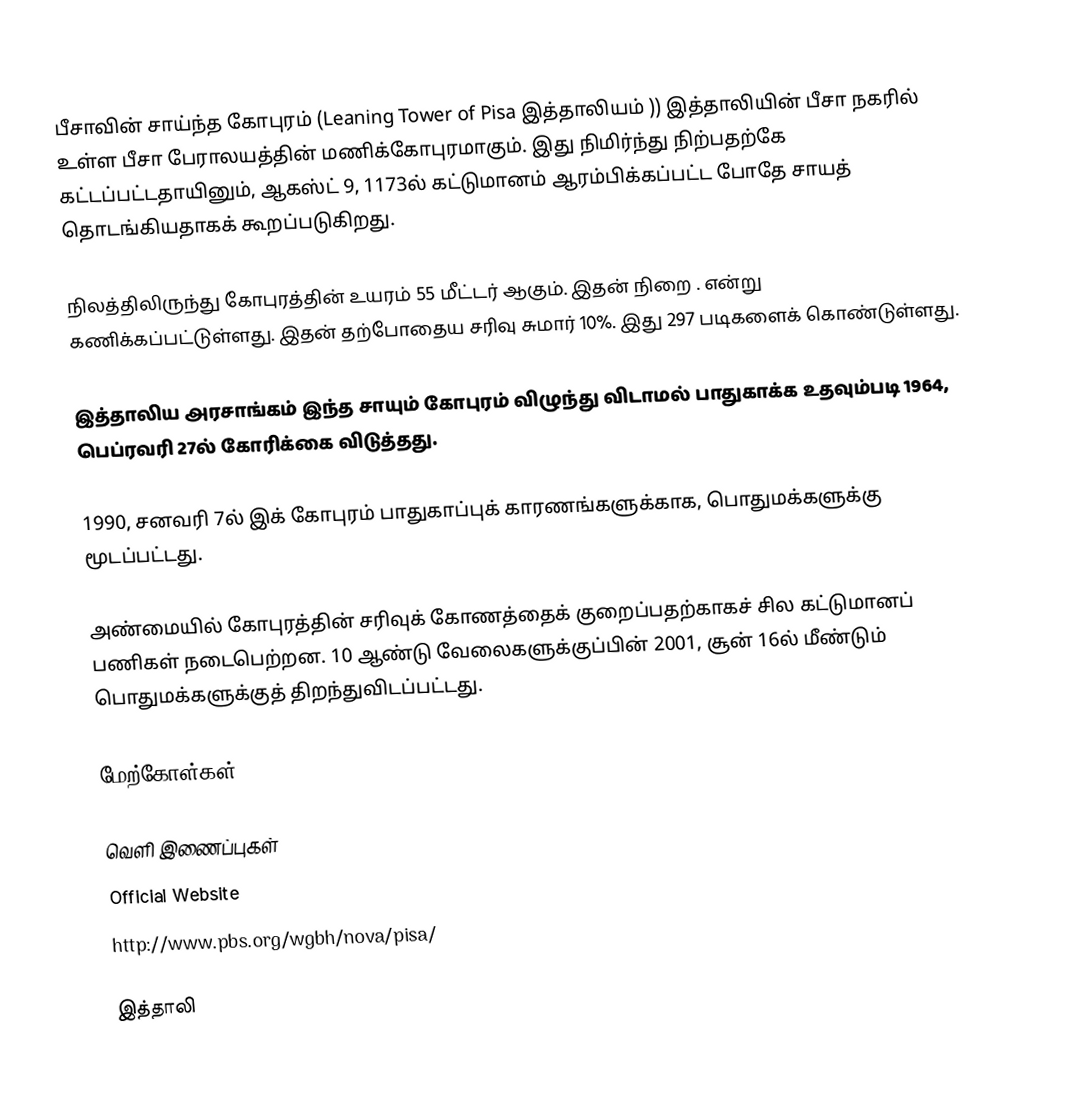
பீசாவின் சாய்ந்த கோபுரம் (Leaning Tower of Pisa இத்தாலியம்  )) இத்தாலியின் பீசா நகரில் உள்ள பீசா பேராலயத்தின் மணிக்கோபுரமாகும். இது நிமிர்ந்து நிற்பதற்கே கட்டப்பட்டதாயினும், ஆகஸ்ட் 9, 1173ல் கட்டுமானம் ஆரம்பிக்கப்பட்ட போதே சாயத் தொடங்கியதாகக் கூறப்படுகிறது.

நிலத்திலிருந்து கோபுரத்தின் உயரம் 55 மீட்டர் ஆகும். இதன் நிறை . என்று கணிக்கப்பட்டுள்ளது. இதன் தற்போதைய சரிவு சுமார் 10%. இது 297 படிகளைக் கொண்டுள்ளது.

இத்தாலிய அரசாங்கம் இந்த சாயும் கோபுரம் விழுந்து விடாமல் பாதுகாக்க உதவும்படி 1964, பெப்ரவரி 27ல் கோரிக்கை விடுத்தது.

1990, சனவரி 7ல் இக் கோபுரம் பாதுகாப்புக் காரணங்களுக்காக, பொதுமக்களுக்கு மூடப்பட்டது.

அண்மையில் கோபுரத்தின் சரிவுக் கோணத்தைக் குறைப்பதற்காகச் சில கட்டுமானப் பணிகள் நடைபெற்றன. 10 ஆண்டு வேலைகளுக்குப்பின் 2001, சூன் 16ல் மீண்டும் பொதுமக்களுக்குத் திறந்துவிடப்பட்டது.

மேற்கோள்கள்

வெளி இணைப்புகள்
 Official Website
 http://www.pbs.org/wgbh/nova/pisa/

இத்தாலி